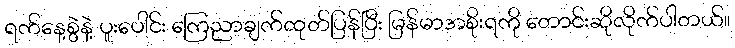
ရက်နေ့စွဲနဲ့ ပူးပေါင်း ကြေညာချက်ထုတ်ပြန်ပြီး မြန်မာအစိုးရကို တောင်းဆိုလိုက်ပါတယ်။